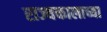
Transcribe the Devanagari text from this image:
राज्यकालाच्या